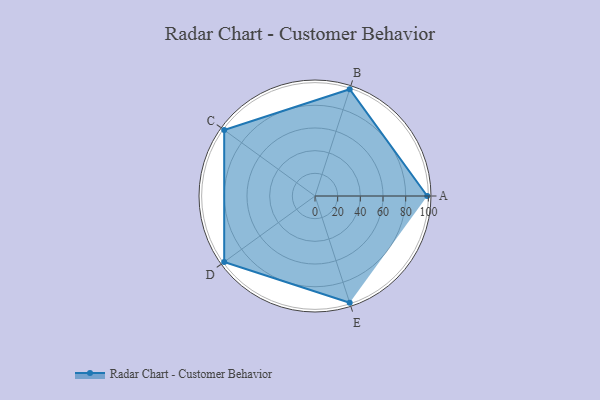
{"axis": {"x": "Skill", "y": "Score"}, "legend": ["Profile"], "data": [{"x": "A", "y": 99.0, "type": "Profile"}, {"x": "B", "y": 99, "type": "Profile"}, {"x": "C", "y": 99, "type": "Profile"}, {"x": "D", "y": 99, "type": "Profile"}, {"x": "E", "y": 99, "type": "Profile"}]}